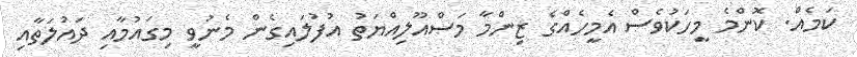
ކަމެއް. ކޮންމެ މީހަކުވެސް އެމީހެއްގެ ޒިންމާ މަސްއޫލިއްޔަތު އުފުލައިގެން މެނުވީ މިގައުމާއި ދައުލަތާއި